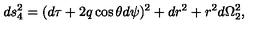
d s _ { 4 } ^ { 2 } = ( d \tau + 2 q \cos \theta d \psi ) ^ { 2 } + d r ^ { 2 } + r ^ { 2 } d \Omega _ { 2 } ^ { 2 } ,